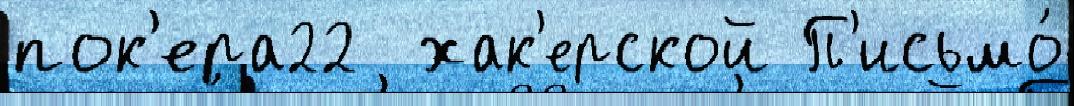
пок'ера22  хак'ерской П'исьмо́